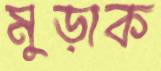
মুড়াক